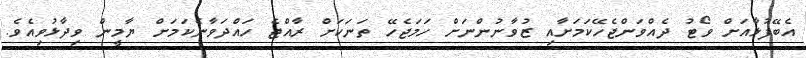
އެބޭފުޅާއަށް ވޯޓު ދެއްވަންޖެހޭކަމަށާއި ޒުވާނުންނަށް ހަމަޖެހޭ ތަނަކަށް ރާއްޖެ ހައްދަވާނެކަމަށް ޔާމީން ވިދާޅުވިއެވެ.